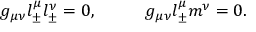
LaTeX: g _ { \mu \nu } l _ { \pm } ^ { \mu } l _ { \pm } ^ { \nu } = 0 , \; \; \; \; \; \; \; \; \; \; g _ { \mu \nu } l _ { \pm } ^ { \mu } m ^ { \nu } = 0 .